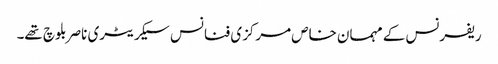
ریفرنس کے مہمان خاص مرکزی فنانس سیکریٹری ناصر بلوچ تھے۔